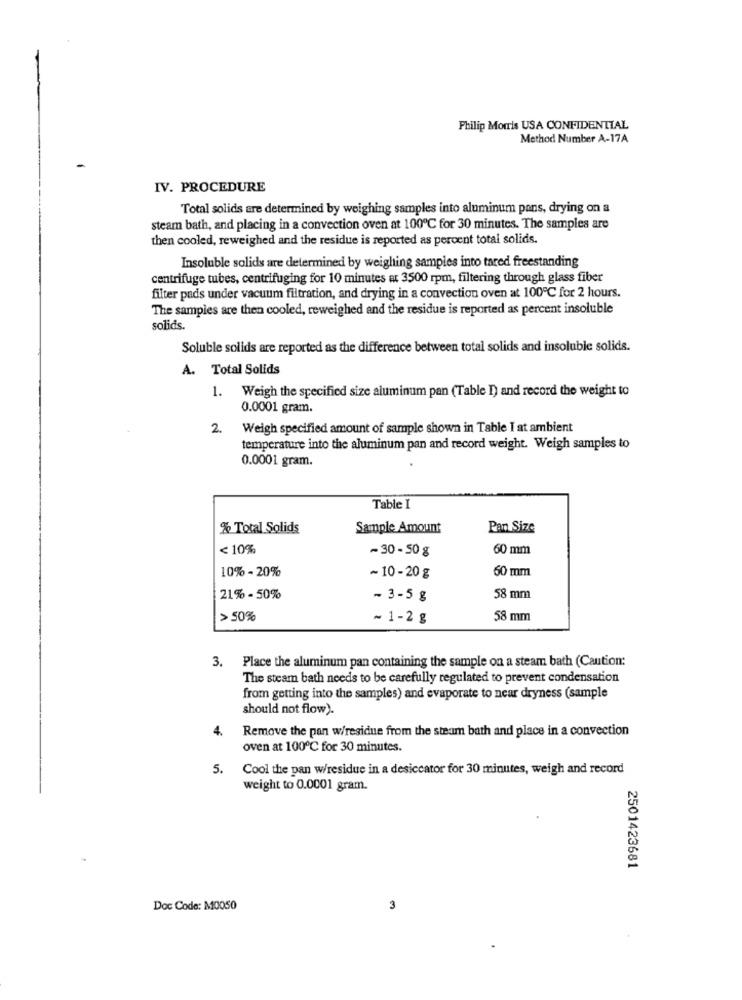
Philip Morris USA CONFIDENTIAL
Method Number A-17A
IV. PROCEDURE
Total solids are determined by weighing samples into aluminum pans, drying on a
steam bath, and placing in a convection oven at 100℃ for 30 minutes. The samples are
then cooled, reweighed and the residue is reported as percent total solids.
Insoluble solids are determined by weighing samples into tared freestanding
centrifuge tubes, centrifuging for 10 minutes at 3500 rpm, filtering through glass fiber
filter pads under vacuum filtration, and drying in a convection oven at 100℃ for 2 hours.
The samples are then cooled, reweighed and the residue is reported as percent insoluble
solids.
Soluble solids are reported as the difference between total solids and insoluble solids.
A. Total Solids
1.
Weigh the specified size aluminum pan (Table I) and record the weight to
0.0001 gram.
2.
Weigh specified amount of sample shown in Table I at ambient
temperature into the aluminum pan and record weight. Weigh samples to
0.0001 gram.
Table I
% Total Solids
Sample Amount
Pan Size
<10%
-30-50 g
60 mm
10% - 20%
60 mm
~ 10-20 g
21% - 50%
- 3-5 g
58 mm
> 50%
~ 1-2 g
58 mm
3. Place the aluminum pan containing the sample on a steam bath (Caution:
The steam bath needs to be carefully regulated to prevent condensation
from getting into the samples) and evaporate to near dryness (sample
should not flow).
4.
Remove the pan w/residue from the steam bath and place in a convection
oven at 100℃ for 30 minutes.
5.
Cool the pan w/residue in a desiccator for 30 minutes, weigh and record
weight to 0.0001 gram.
2501423681
Doc Code: M0050
3